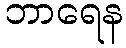
ဘာရေန